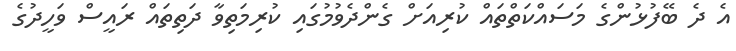
އެ ދެ ބޭފުޅުންގެ މަސައްކަތްތައް ކުރިއަށް ގެންދެވުމުގައި ކުރިމަތިވާ ދަތިތައް ރައީސް ވަހީދުގެ